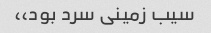
سیب زمینی سرد بود،،